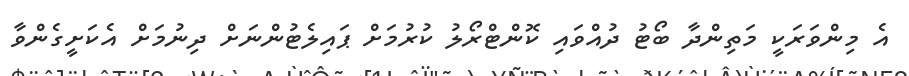
އެ މިންވަރަކީ މަތިންދާ ބޯޓު ދުއްވައި ކޮންޓްރޯލު ކުރުމަށް ޕައިލެޓުންނަށް ދިނުމަށް އެކަށީގެންވާ